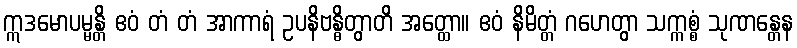
ဣဒမောပမ္မန္တိ ဧဝံ တံ တံ အာကာရံ ဥပနိဗန္ဓိတွာတိ အတ္ထော။ ဧဝံ နိမိတ္တံ ဂဟေတွာ သက္ကစ္စံ သုဏန္တေန